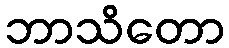
ဘာသိတော